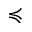
\preccurlyeq